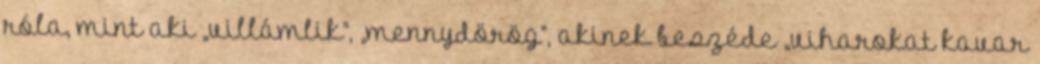
róla, mint aki „villámlik”, „mennydörög”, akinek beszéde „viharokat kavar